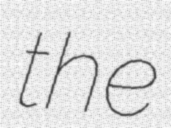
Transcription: the